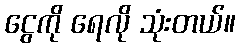
ငွေကို ရေလို သုံးတယ်။